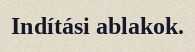
Indítási ablakok.